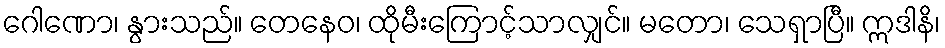
ဂေါဏော၊ နွားသည်။ တေနေဝ၊ ထိုမီးကြောင့်သာလျှင်။ မတော၊ သေရှာပြီ။ ဣဒါနိ၊